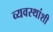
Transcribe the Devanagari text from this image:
व्यवस्थांशी